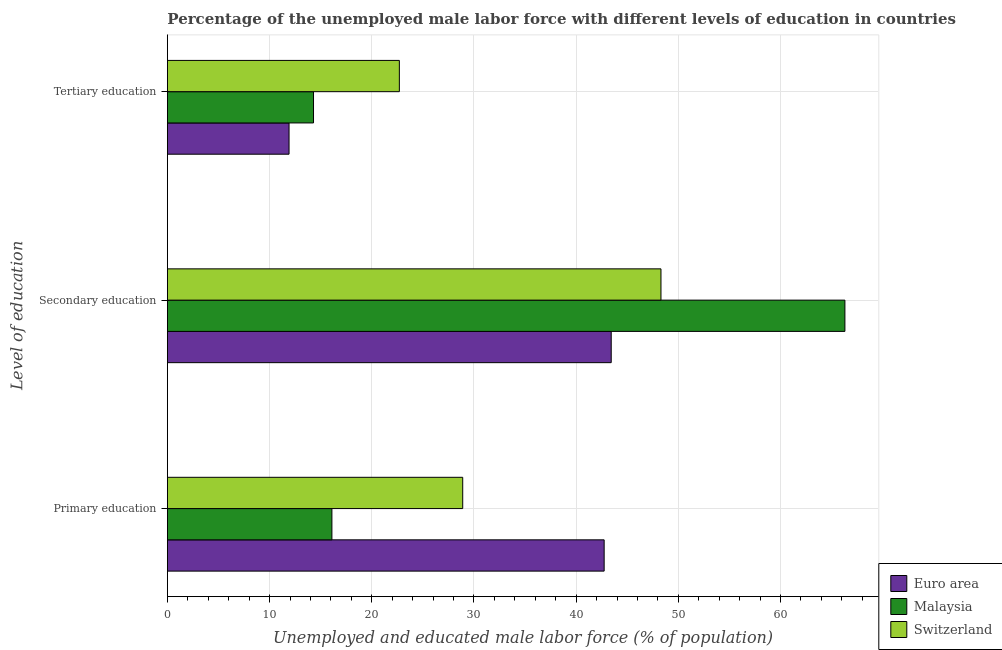
| Level of education | Euro area | Malaysia | Switzerland |
 | --- | --- | --- | --- |
 | Primary education | 42.7 | 16.1 | 28.9 |
 | Secondary education | 43.4 | 66.3 | 48.3 |
 | Tertiary education | 11.9 | 14.3 | 22.7 |